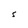
Character: S